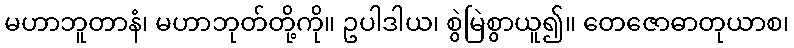
မဟာဘူတာနံ၊ မဟာဘုတ်တို့ကို။ ဥပါဒါယ၊ စွဲမြဲစွာယူ၍။ တေဇောဓာတုယာစ၊